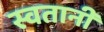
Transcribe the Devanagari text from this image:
स्वतानी